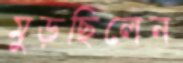
মুড়ছিলেন